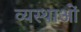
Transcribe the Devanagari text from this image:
व्यस्थाओं